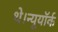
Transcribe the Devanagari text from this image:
थे।न्यूयॉर्क